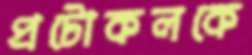
প্রটোকলকে